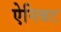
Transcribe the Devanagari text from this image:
ऐनिकट